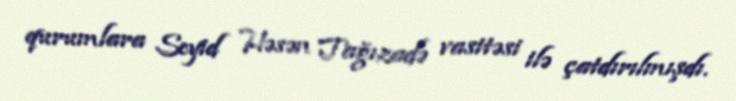
qurumlara Seyid Həsən Tağızadə vasitəsi ilə çatdırılmışdı.